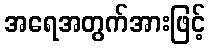
အရေအတွက်အားဖြင့်